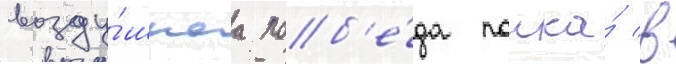
возду́шнаа поб'е́да полка́ в